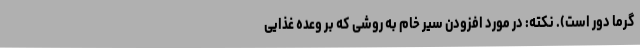
گرما دور است). نکته: در مورد افزودن سیر خام به روشی که بر وعده غذایی